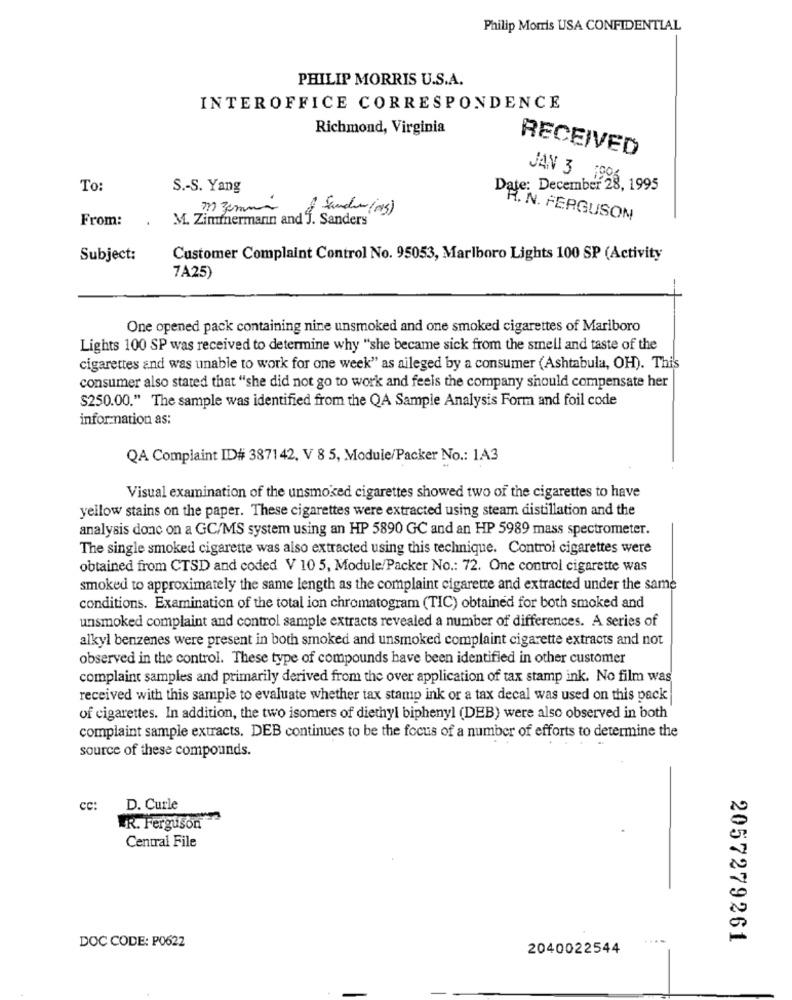
Philip Morris USA CONFIDENTIAL
PHILIP MORRIS U.S.A.
INTEROFFICE CORRESPONDENCE
Richmond, Virginia
RECEIVED
JAN 3 .199
To:
S .- S. Yang
Date: December 28, 1995
From:
M. Zimmermann and J. Sanders"
R. N. FERGUSON
Subject:
Customer Complaint Control No. 95053, Marlboro Lights 100 SP (Activity
7A25)
-
One opened pack containing nine unsmoked and one smoked cigarettes of Marlboro
Lights 100 SP was received to determine why "she became sick from the smell and taste of the
cigarettes and was unable to work for one week" as aileged by a consumer (Ashtabula, OH). This
consumer also stated that "she did not go to work and feels the company should compensate her
$250.00." The sample was identified from the QA Sample Analysis Form and foil code
information as:
QA Complaint ID# 3871 42, V 8 5, Module/Packer No .: 1A3
Visual examination of the unsmoked cigarettes showed two of the cigarettes to have
yellow stains on the paper. These cigarettes were extracted using steam distillation and the
analysis donc on a GC/MS system using an HP 5890 GC and an HP 5989 mass spectrometer.
The single smoked cigarette was also extracted using this technique. Control cigarettes were
obtained from CTSD and coded V 10 5, Module/Packer No .: 72. One control cigarette was
smoked to approximately the same length as the complaint cigarette and extracted under the same
conditions. Examination of the total ion chromatogram (TIC) obtained for both smoked and
unsmoked complaint and control sample extracts revealed a number of differences. A series of
alkyl benzenes were present in both smoked and unsmoked complaint cigarette extracts and not
observed in the control. These type of compounds have been identified in other customer
complaint samples and primarily derived from the over application of tax stamp ink. No film was
received with this sample to evaluate whether tax stamp ink or a tax decal was used on this pack
of cigarettes. In addition, the two isomers of diethyl biphenyl (DEB) were also observed in both
complaint sample extracts. DEB continues to be the focus of a number of efforts to determine the
source of these compounds.
cc:
D. Curle
FR. Ferguson
Central File
DOC CODE: P0622
2057279261
2040022544